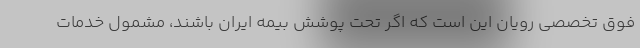
فوق تخصصی رویان این است که اگر تحت پوشش بیمه ایران باشند، مشمول خدمات